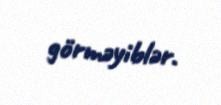
görməyiblər.